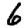
Digit: 6